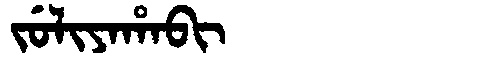
Manchu: ᠵᡠᠯᡳᠶᠠᡥᠠᠪᡳ
Romanization: JULIYAHABI